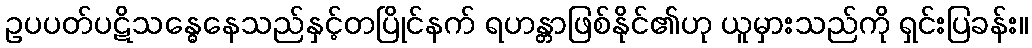
ဥပပတ်ပဋိသန္ဓေနေသည်နှင့်တပြိုင်နက် ရဟန္တာဖြစ်နိုင်၏ဟု ယူမှားသည်ကို ရှင်းပြခန်း။